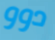
دوو